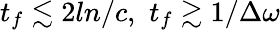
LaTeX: t_{f}\lesssim 2ln/c,\, \, t_{f}\gtrsim 1/\Delta\omega